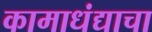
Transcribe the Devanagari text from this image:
कामाधंद्याचा